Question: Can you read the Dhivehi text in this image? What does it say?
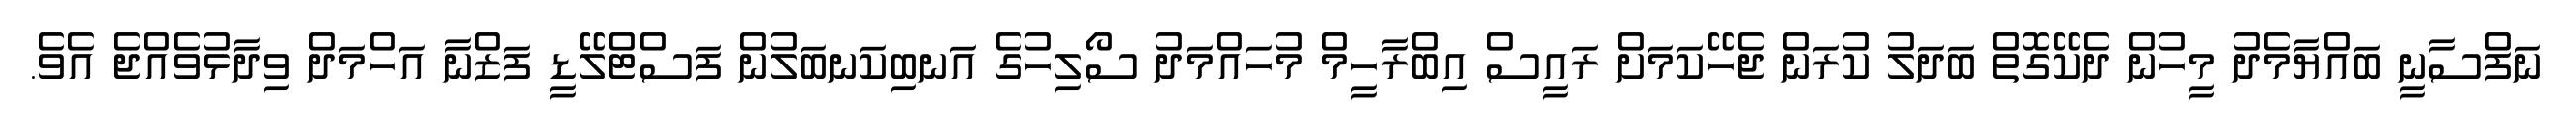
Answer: ނަފްސާނީ ބައްޔާމެދު މީހުން ދެކޭގޮތް ބަދަލު ކުރަން ޖެހޭކަމަށް ރައީސް އިބްރާހީމް މުހައްމަދު ސޯލިހުގެ އަނބިކަނބަލުން ފަސްޓްލޭޑީ ފަޒްނާ އަހްމަދް ވިދާޅުވެއްޖެ އެވެ.